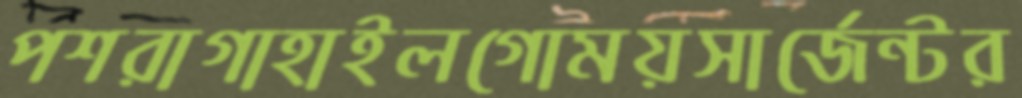
পশরাগাহাইলগোময়সার্জেন্টর